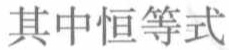
其中恒等式